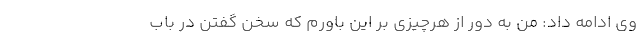
وی ادامه داد: من به دور از هرچیزی بر این باورم که سخن گفتن در باب